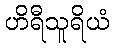
ဟိရီသူရိယံ